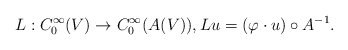
\begin{align*}L:C^{\infty}_0(V)\to C^{\infty}_0(A(V)),Lu=(\varphi\cdot u)\circ A^{-1}.\end{align*}